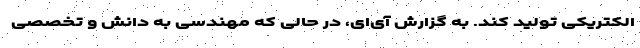
الکتریکی تولید کند. به گزارش آی‌ای، در حالی که مهندسی به دانش و تخصصی